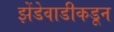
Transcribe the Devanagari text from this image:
झेंडेवाडीकडून